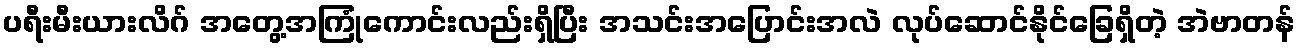
ပရီးမီးယားလိဂ် အတွေ့အကြုံကောင်းလည်းရှိပြီး အသင်းအပြောင်းအလဲ လုပ်ဆောင်နိုင်ခြေရှိတဲ့ အဲဗာတန်